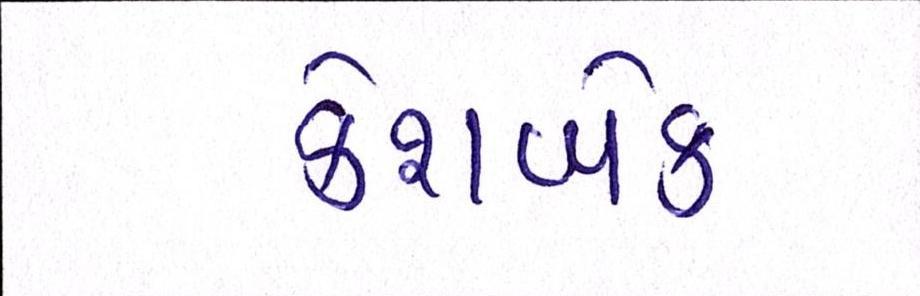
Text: કેશબેક